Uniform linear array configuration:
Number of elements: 32
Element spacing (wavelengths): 1
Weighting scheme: kaiser
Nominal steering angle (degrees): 60
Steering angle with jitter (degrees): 59.155
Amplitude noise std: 0.05
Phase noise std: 0.05

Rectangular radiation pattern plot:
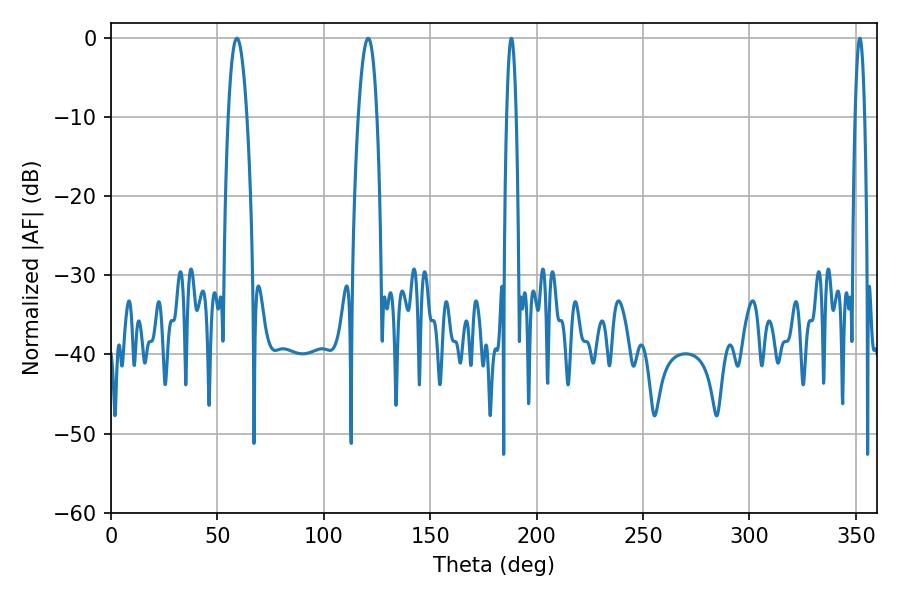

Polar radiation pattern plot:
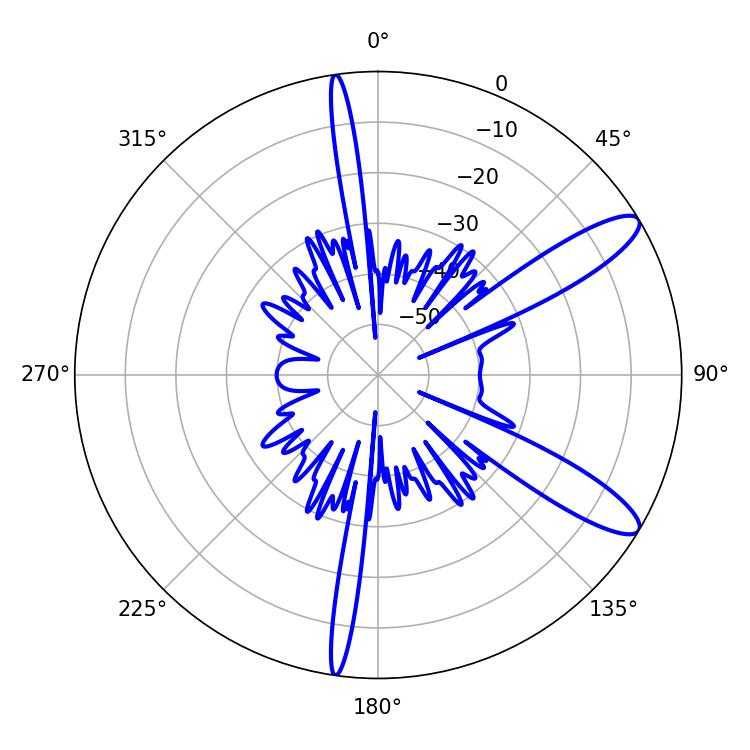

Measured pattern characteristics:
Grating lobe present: TRUE
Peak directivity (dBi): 11.428
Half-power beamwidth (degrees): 2.52
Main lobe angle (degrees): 188.1